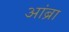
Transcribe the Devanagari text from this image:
आंब्रा